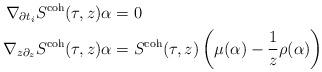
LaTeX: \begin{align*} \nabla_{\partial t_i} S^\textnormal{coh}(\tau,z) \alpha &= 0 \\ \nabla_{z \partial_z } S^\textnormal{coh}(\tau,z) \alpha &= S^\textnormal{coh}(\tau,z) \left(\mu(\alpha)-\frac{1}{z}\rho(\alpha) \right) \end{align*}